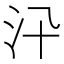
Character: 𣲌